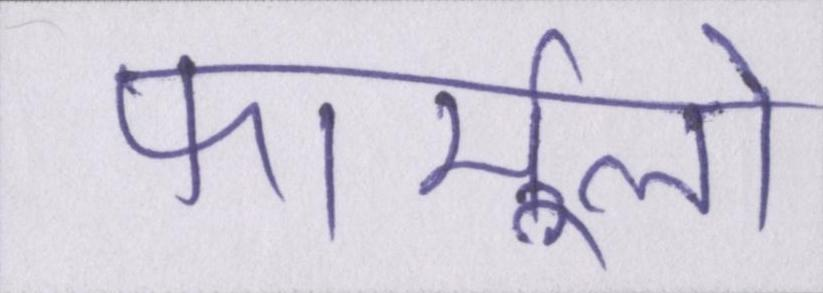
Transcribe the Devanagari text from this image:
फार्मूलों